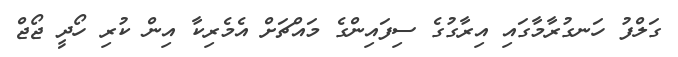
ގަލްފު ހަނގުރާމާގައި އިރާގުގެ ސިފައިންގެ މައްޗަށް އެމެރިކާ އިން ކުރި ހޯދީ ޖޯޖް